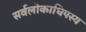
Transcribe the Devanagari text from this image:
सर्वलोकाधिपस्य